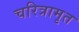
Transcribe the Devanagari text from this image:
चरित्रामृत